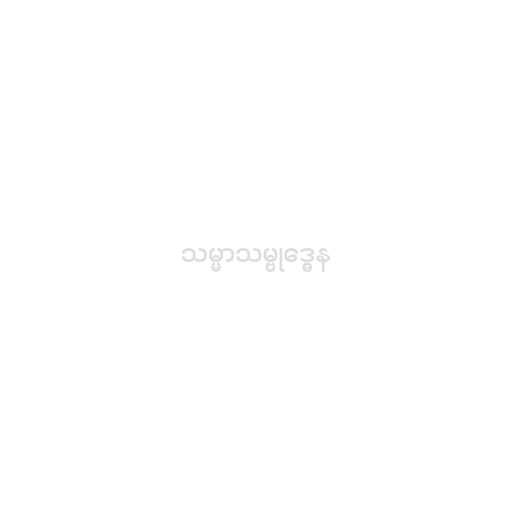
သမ္မာသမ္ဗုဒ္ဓေန